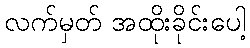
လက်မှတ် အထိုးခိုင်းပေါ့